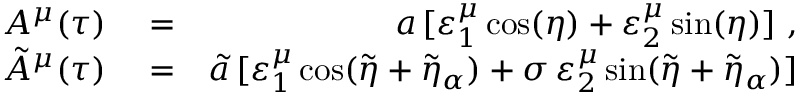
\begin{array} { r l r } { A ^ { \mu } ( \tau ) } & { { } = } & { a \, [ \varepsilon _ { 1 } ^ { \mu } \cos ( \eta ) + \varepsilon _ { 2 } ^ { \mu } \sin ( \eta ) ] \ , } \\ { \tilde { A } ^ { \mu } ( \tau ) } & { { } = } & { \tilde { a } \, [ \varepsilon _ { 1 } ^ { \mu } \cos ( \tilde { \eta } + \tilde { \eta } _ { \alpha } ) + \sigma \, \varepsilon _ { 2 } ^ { \mu } \sin ( \tilde { \eta } + \tilde { \eta } _ { \alpha } ) ] } \end{array}